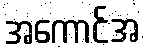
အကောင်အ